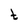
Character: t